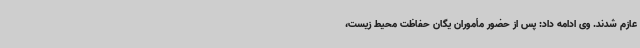
عازم شدند. وی ادامه داد: پس از حضور مأموران یگان حفاظت محیط زیست،